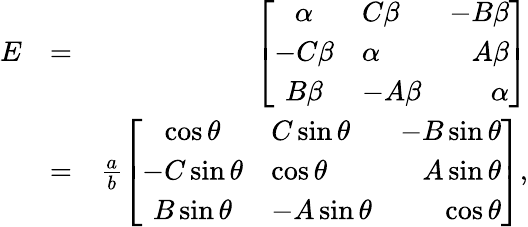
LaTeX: \begin{array}{rlr}{E}&{=}&{\left[\begin{array}{clrr}{\alpha}&{C\beta}&{-B\beta}\\ {-C\beta}&{\alpha}&{A\beta}\\ {B\beta}&{-A\beta}&{\alpha}\end{array}\right]}\\ &{=}&{\frac{a}{b}\left[\begin{array}{clrr}{\cos\theta}&{C\sin\theta}&{-B\sin\theta}\\ {-C\sin\theta}&{\cos\theta}&{A\sin\theta}\\ {B\sin\theta}&{-A\sin\theta}&{\cos\theta}\end{array}\right],}\end{array}